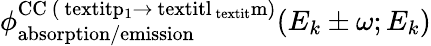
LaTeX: \phi_{\mathrm{{absorption/emission}}}^{\mathrm{{CC}~(\ textit{p}_{1}\rightarrow\ textit{l}_{\ textit}{m})}}(E_{k}\pm\omega;E_{k})